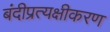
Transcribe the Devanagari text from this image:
बंदीप्रत्यक्षीकरण